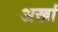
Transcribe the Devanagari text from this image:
अर्खा